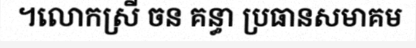
។លោកស្រី ចន គន្ធា ប្រធានសមាគម